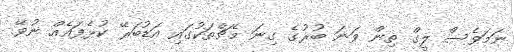
ނަމަވެސް ލީގް ތިން ވަނަ ބުރުގެ ގިނަ މެޗްތަކުގައި އަޑުބަރޭ ކުޅެފައެއް ނުވޭ.